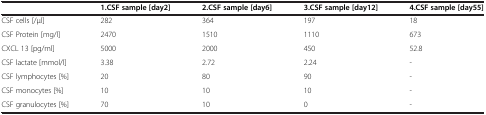
|  | 1.CSF sample [day2] | 2.CSF sample [day6] | 3.CSF sample [day12] | 4.CSF sample [day55] |
 | --- | --- | --- | --- | --- |
 | CSF cells [/μl] | 282 | 364 | 197 | 18 |
 | CSF Protein [mg/l] | 2470 | 1510 | 1110 | 673 |
 | CXCL 13 [pg/ml] | 5000 | 2000 | 450 | 52.8 |
 | CSF lactate [mmol/l] | 3.38 | 2.72 | 2.24 | - |
 | CSF lymphocytes [%] | 20 | 80 | 90 | - |
 | CSF monocytes [%] | 10 | 10 | 10 | - |
 | CSF granulocytes [%] | 70 | 10 | 0 | - |